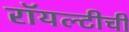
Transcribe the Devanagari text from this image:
रॉयल्टीची